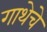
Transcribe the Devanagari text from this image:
गाथेचे